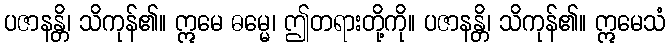
ပဇာနန္တိ၊ သိကုန်၏။ ဣမေ ဓမ္မေ၊ ဤတရားတို့ကို။ ပဇာနန္တိ၊ သိကုန်၏။ ဣမေသံ